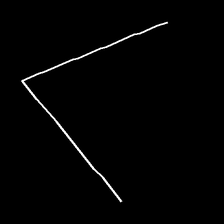
Glyph: region